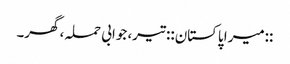
::میرا پاکستان:: تیر، جوابی حملہ، گھر۔